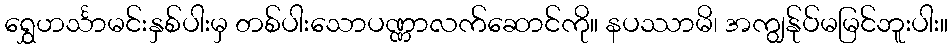
ရွှေဟင်္သာမင်းနှစ်ပါးမှ တစ်ပါးသောပဏ္ဏာလက်ဆောင်ကို။ နပဿာမိ၊ အကျွန်ုပ်မမြင်ဘူးပါး။